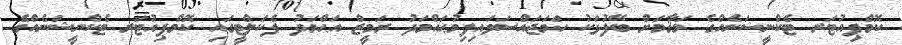
ކޮމްޕިއުޓަރ ޓެކްނީޝަނެއްގެ މަޤާމަށް ބޭފުޅަކު ހަމަޖައްސަވައިފިމުޙައްމަދު ރަމީޒް އަޙްމަދު ފެކަލްޓީގައި ކޮމްޕިއުޓަރ ޓެކްނީޝަނެއްގެ